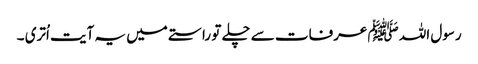
رسول اللہ ﷺ عرفات سے چلے تو راستے میں یہ آیت اُتری ۔